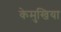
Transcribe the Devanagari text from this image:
केमुखिया